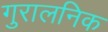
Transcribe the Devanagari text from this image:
गुरालनिक